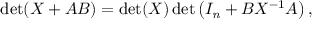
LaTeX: \operatorname* { d e t } ( X + A B ) = \operatorname* { d e t } ( X ) \operatorname* { d e t } \left( I _ { \mathit { n } } + B X ^ { - 1 } A \right) ,